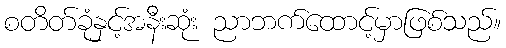
စတိတ်ခုံနှင့်အနီးဆုံး ညာဘက်ထောင့်မှာဖြစ်သည်။